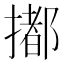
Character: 𢵋